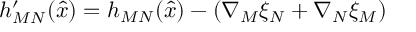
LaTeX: h _ { M N } ^ { \prime } ( \hat { x } ) = h _ { M N } ( \hat { x } ) - \left( \nabla _ { M } \xi _ { N } + \nabla _ { N } \xi _ { M } \right)